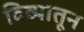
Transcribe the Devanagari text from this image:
दिव्यातून